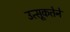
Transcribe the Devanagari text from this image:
उत्सूकतेने